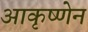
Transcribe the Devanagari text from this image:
आकृष्णेन